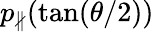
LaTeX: p_{\nparallel}(\tan(\theta/2))